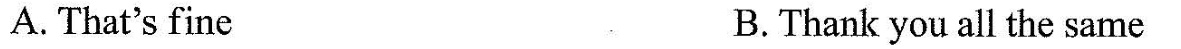
A. That's fine B.Thank you all the same